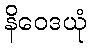
နိဝေဒယုံ